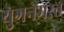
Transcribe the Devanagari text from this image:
युगनेमस्त